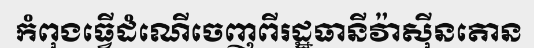
កំពុងធ្វើដំណើចេញពីរដ្ឋធានីវ៉ាស៊ីនតោន